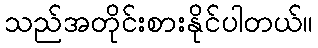
သည်အတိုင်းစားနိုင်ပါတယ်။